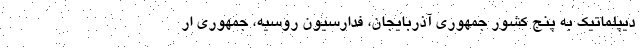
دیپلماتیک به پنج کشور جمهوری آذربایجان، فدارسیون روسیه، جمهوری ار